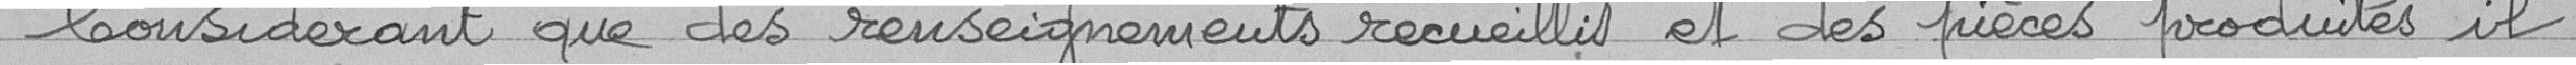
Considérant que des renseignements recueillis et des pièces produites il